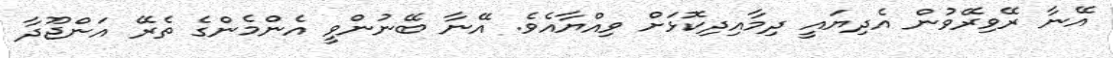
އޭނާ ރޭވިރޭވުން އެދިޔައީ ދިމާއިދިކޮޅަށް ވިއްޔާއެވެ. އޭނާ ބޭނުންވީ އެންމެންގެ ތެރޭ އަންޖޫދާ